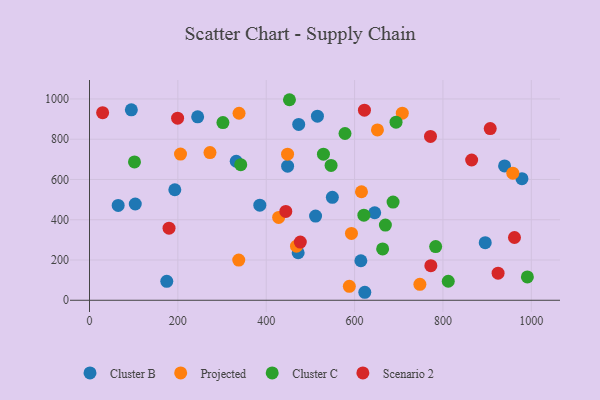
{"axis": {"x": "Ad Spend", "y": "Yield"}, "legend": ["Cluster B", "Cluster C", "Projected", "Scenario 2"], "data": [{"x": "645.5", "y": 434.7, "type": "Cluster B"}, {"x": "978.8", "y": 603.8, "type": "Cluster B"}, {"x": "332.1", "y": 690.6, "type": "Cluster B"}, {"x": "448.4", "y": 666.3, "type": "Cluster B"}, {"x": "895.7", "y": 286.2, "type": "Cluster B"}, {"x": "549.7", "y": 511.4, "type": "Cluster B"}, {"x": "511.7", "y": 418.3, "type": "Cluster B"}, {"x": "94.7", "y": 946.0, "type": "Cluster B"}, {"x": "623.1", "y": 39.7, "type": "Cluster B"}, {"x": "939.5", "y": 667.5, "type": "Cluster B"}, {"x": "515.9", "y": 914.4, "type": "Cluster B"}, {"x": "244.8", "y": 911.2, "type": "Cluster B"}, {"x": "472.3", "y": 236.0, "type": "Cluster B"}, {"x": "103.6", "y": 478.3, "type": "Cluster B"}, {"x": "385.5", "y": 472.3, "type": "Cluster B"}, {"x": "174.9", "y": 94.0, "type": "Cluster B"}, {"x": "64.9", "y": 471.2, "type": "Cluster B"}, {"x": "473.5", "y": 873.5, "type": "Cluster B"}, {"x": "193.1", "y": 549.0, "type": "Cluster B"}, {"x": "614.2", "y": 196.3, "type": "Cluster B"}, {"x": "592.9", "y": 332.0, "type": "Projected"}, {"x": "708.0", "y": 929.6, "type": "Projected"}, {"x": "615.6", "y": 539.0, "type": "Projected"}, {"x": "448.3", "y": 725.5, "type": "Projected"}, {"x": "428.1", "y": 411.6, "type": "Projected"}, {"x": "588.1", "y": 69.4, "type": "Projected"}, {"x": "651.7", "y": 846.3, "type": "Projected"}, {"x": "272.7", "y": 733.6, "type": "Projected"}, {"x": "468.5", "y": 268.7, "type": "Projected"}, {"x": "747.8", "y": 79.1, "type": "Projected"}, {"x": "338.5", "y": 928.9, "type": "Projected"}, {"x": "206.0", "y": 726.1, "type": "Projected"}, {"x": "958.1", "y": 631.1, "type": "Projected"}, {"x": "337.8", "y": 199.5, "type": "Projected"}, {"x": "342.3", "y": 673.7, "type": "Cluster C"}, {"x": "669.7", "y": 373.3, "type": "Cluster C"}, {"x": "687.1", "y": 487.8, "type": "Cluster C"}, {"x": "991.1", "y": 116.0, "type": "Cluster C"}, {"x": "783.5", "y": 266.7, "type": "Cluster C"}, {"x": "529.5", "y": 725.8, "type": "Cluster C"}, {"x": "812.0", "y": 94.5, "type": "Cluster C"}, {"x": "578.3", "y": 828.5, "type": "Cluster C"}, {"x": "302.0", "y": 882.6, "type": "Cluster C"}, {"x": "546.8", "y": 669.9, "type": "Cluster C"}, {"x": "452.6", "y": 996.2, "type": "Cluster C"}, {"x": "101.8", "y": 687.0, "type": "Cluster C"}, {"x": "621.0", "y": 422.6, "type": "Cluster C"}, {"x": "693.8", "y": 884.5, "type": "Cluster C"}, {"x": "663.5", "y": 254.9, "type": "Cluster C"}, {"x": "772.6", "y": 171.9, "type": "Scenario 2"}, {"x": "907.0", "y": 853.0, "type": "Scenario 2"}, {"x": "771.8", "y": 814.0, "type": "Scenario 2"}, {"x": "924.8", "y": 134.7, "type": "Scenario 2"}, {"x": "477.1", "y": 289.0, "type": "Scenario 2"}, {"x": "961.9", "y": 311.8, "type": "Scenario 2"}, {"x": "180.0", "y": 358.1, "type": "Scenario 2"}, {"x": "622.3", "y": 944.5, "type": "Scenario 2"}, {"x": "865.0", "y": 696.7, "type": "Scenario 2"}, {"x": "444.3", "y": 441.4, "type": "Scenario 2"}, {"x": "29.7", "y": 931.9, "type": "Scenario 2"}, {"x": "199.4", "y": 904.5, "type": "Scenario 2"}]}